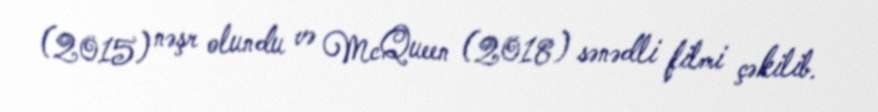
(2015) nəşr olundu və McQueen (2018) sənədli filmi çəkilib.